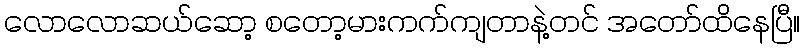
လောလောဆယ်ဆော့ စတော့မားကက်ကျတာနဲ့တင် အတော်ထိနေပြီ။